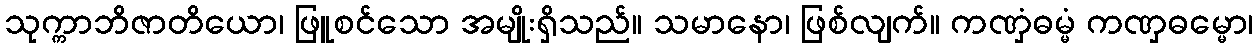
သုက္ကာဘိဇာတိယော၊ ဖြူစင်သော အမျိုးရှိသည်။ သမာနော၊ ဖြစ်လျက်။ ကဏှံဓမ္မံ ကဏှဓမ္မော၊